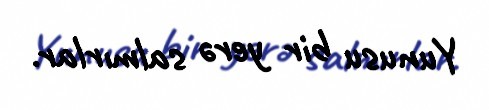
Yunusu bir yerə salmırlar.